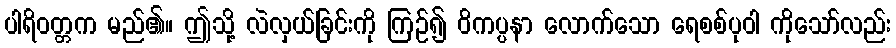
ပါရိဝတ္တက မည်၏။ ဤသို့ လဲလှယ်ခြင်းကို ကြဉ်၍ ဝိကပ္ပနာ လောက်သော ရေစစ်ပုဝါ ကိုသော်လည်း